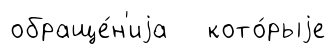
обраще́н'иjа кото́рыjе